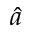
\hat { a }